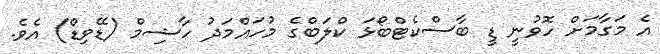
އެ މަގާމަށް ހޮވުނީ ޑީ ބާސްކެޓްބޯޅަ ކްލަބްގެ މުހައްމަދު ހާޝިމް (ޑޭވިޑް) އެވެ.